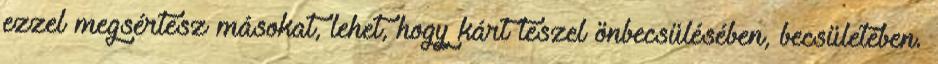
ezzel megsértesz másokat, lehet, hogy kárt teszel önbecsülésében, becsületében.